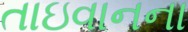
તાઇવાનના